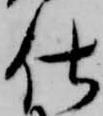
仕